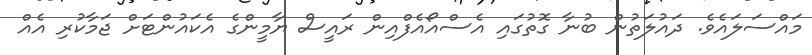
މައްސަލައެވެ. ދައުލަތުން ބުނާ ގޮތުގައި އެސްއޯއެފްއިން ރައީސް ޔާމީންގެ އެކައުންޓަށް ޖަމާކުރި އެއް